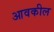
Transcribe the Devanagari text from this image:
आवकील